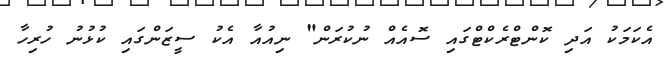
އެކަމަކު އަދި ކޮންޓްރެކްޓްގައި ސޮއެއް ނުކުރަން" ނިއުއާ އެކު ސީޒަންގައި ކުޅުނު ހުރިހާ